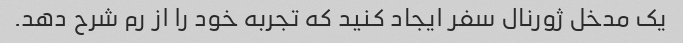
یک مدخل ژورنال سفر ایجاد کنید که تجربه خود را از رم شرح دهد.